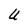
Character: U